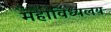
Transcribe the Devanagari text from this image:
महाविध्यलय